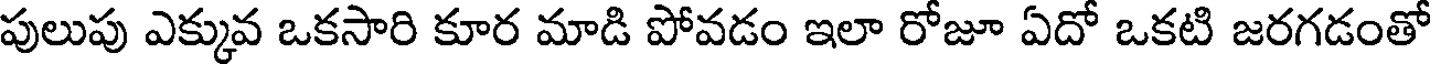
పులుపు ఎక్కువ ఒకసారి కూర మాడి పోవడం ఇలా రోజూ ఏదో ఒకటి జరగడంతో